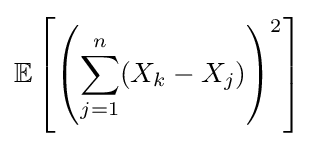
\mathbb {E} \left[\left(\sum _{j=1}^{n}(X_{k}-X_{j})\right)^{2}\right]